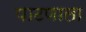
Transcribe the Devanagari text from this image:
पाटणाला